Vital statistics of India. Vol. IV, Annual returns from 1871 to 1876. British Army of India, Native Army and jails of Bengal
Year: 1871
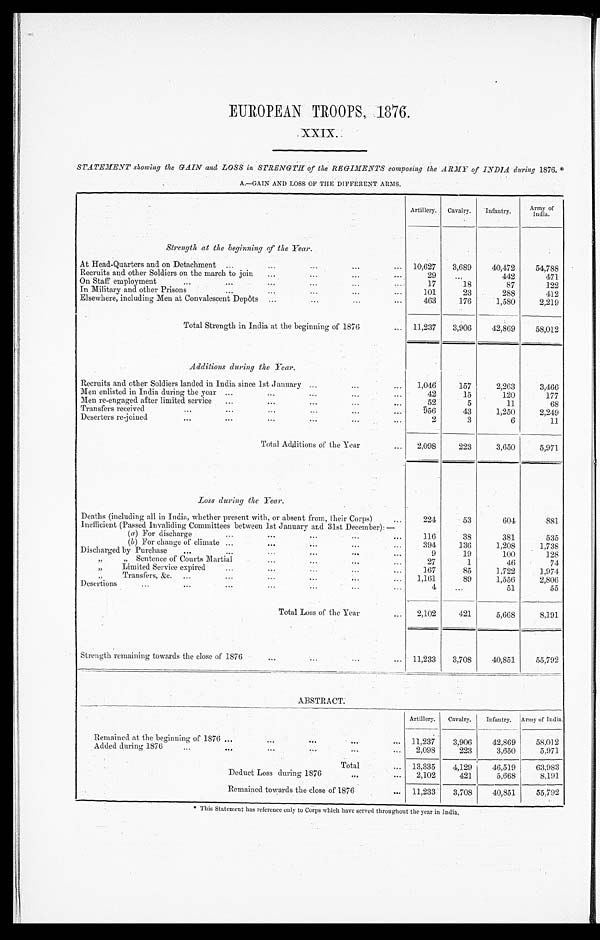
EUROPEAN TROOPS, 1876.
XXIX.
•
STATEMENT showing the GAIN and LOSS in STRENGTH of the REGIMENTS composing the ARMY of INDIA during 1876.
‫٭‬
A.—GAIN AND LOSS OP THE DIFFERENT ARMS.
Strength at the beginning of the Year.
Artillery.
Cavalry.
Infantry.
Army of India.
At Head-Quarters and on Detachment
. . .
....
....
....
...
10,627
3,689
40,472
54,788
Recruits and other Soldiers on the march to join
. . .
...
...
. . .
29
. . .
442
471
On Staff employment
. . .
...
...
...
...
. . .
17
.18
87
122
In Military and other Prisons
. . .
. . .
. . .
. . .
...
101
.23
288
412
Elsewhere, including Men at Convalescent Depôts ...
...
. . .
...
463
176
1,580
2,219
Total Strength in India at the beginning of 1876
. . . 11,237
3,906
42,869
58,012
Additions during the Year.
Recruits and other Soldiers landed in India since 1st January . . .
. . .
...
1,046
157
2,263
3,466
Men enlisted in India during the year ...
...
. . .
. . .
...
42
15
120
177
Men re-engaged after limited service ...
...
...
...
...
52
5
11
68
Transfers receive
. . .
. . .
. . .
...
. . .
...
9 5 6
43
1,250
2,249
Deserters re-joined
. . .
...
...
...
...
...
2
3
6
11
Total Additions of the Year
...
2,098
223
3,650
5,971
Loss during the Year.
Deaths (including all in India, whether present with, or absent from, their Corps
...
224
53
604
881
Inefficient (Passed invaliding Committees between 1st January and 31st December): —
116
38
381
535
(a) For discharge
...
...
...
...
. . .
(b) For change of climate ...
. . .
. . .
...
...
394
136
1,208
1,738
. Discharged by Purchase
. . . .
. . .
. . .
...
. . .
...
9
19
100
128
, ,
, , Sentence of Courts Martial
. . . ,
. . .
...
...
27
1
46
74
, ,
mited
Li Limited Service expired
...
. . .
. . .
. . .
167
85
1,722
1,974
, ,
Transfers, &c.
...
...
. . .
. . .
. . .
...
1,161
89
1,556
2,806
Desertions
...
...
...
. . .
. . .
. . .
...
4
...
51
55
Total Loss of the Year
...
2,102
421
5,668
8,191
Strength remaining towards the close of 1876
. . .
. . .
. . .
...
11,233
3,708
40,851
55,792
ABSTRACT.
Artillery.
Cavalry,
Infantry.
Army of India
Remained at the beginning of 1876
. . .
....
. . .
. . .
...
11,237
3,906
42,869
58,012
Added during 1876
...
. . .
. . .
. . .
. . .
...
2,098
223
3,650
5,971
Total
...
13.335
4,129
46.519
63,983
Deduct Loss during 1876
. . .
...
2,102
421
5,668
8,191
Remained towards the close of 1876
...
11,233
3,708
40,851
55,792
‫٭‬ T h i s S t a t e m e n t h a s r e f e r e n c e o n l y t o C o r p s w h i c h h a v e s e r v e d t h r o u g h o u t t h e y e a r i n I n d i a .